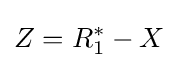
Z=R_{1}^{*}-X